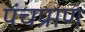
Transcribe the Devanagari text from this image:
पंचप्राण